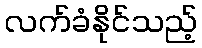
လက်ခံနိုင်သည့်